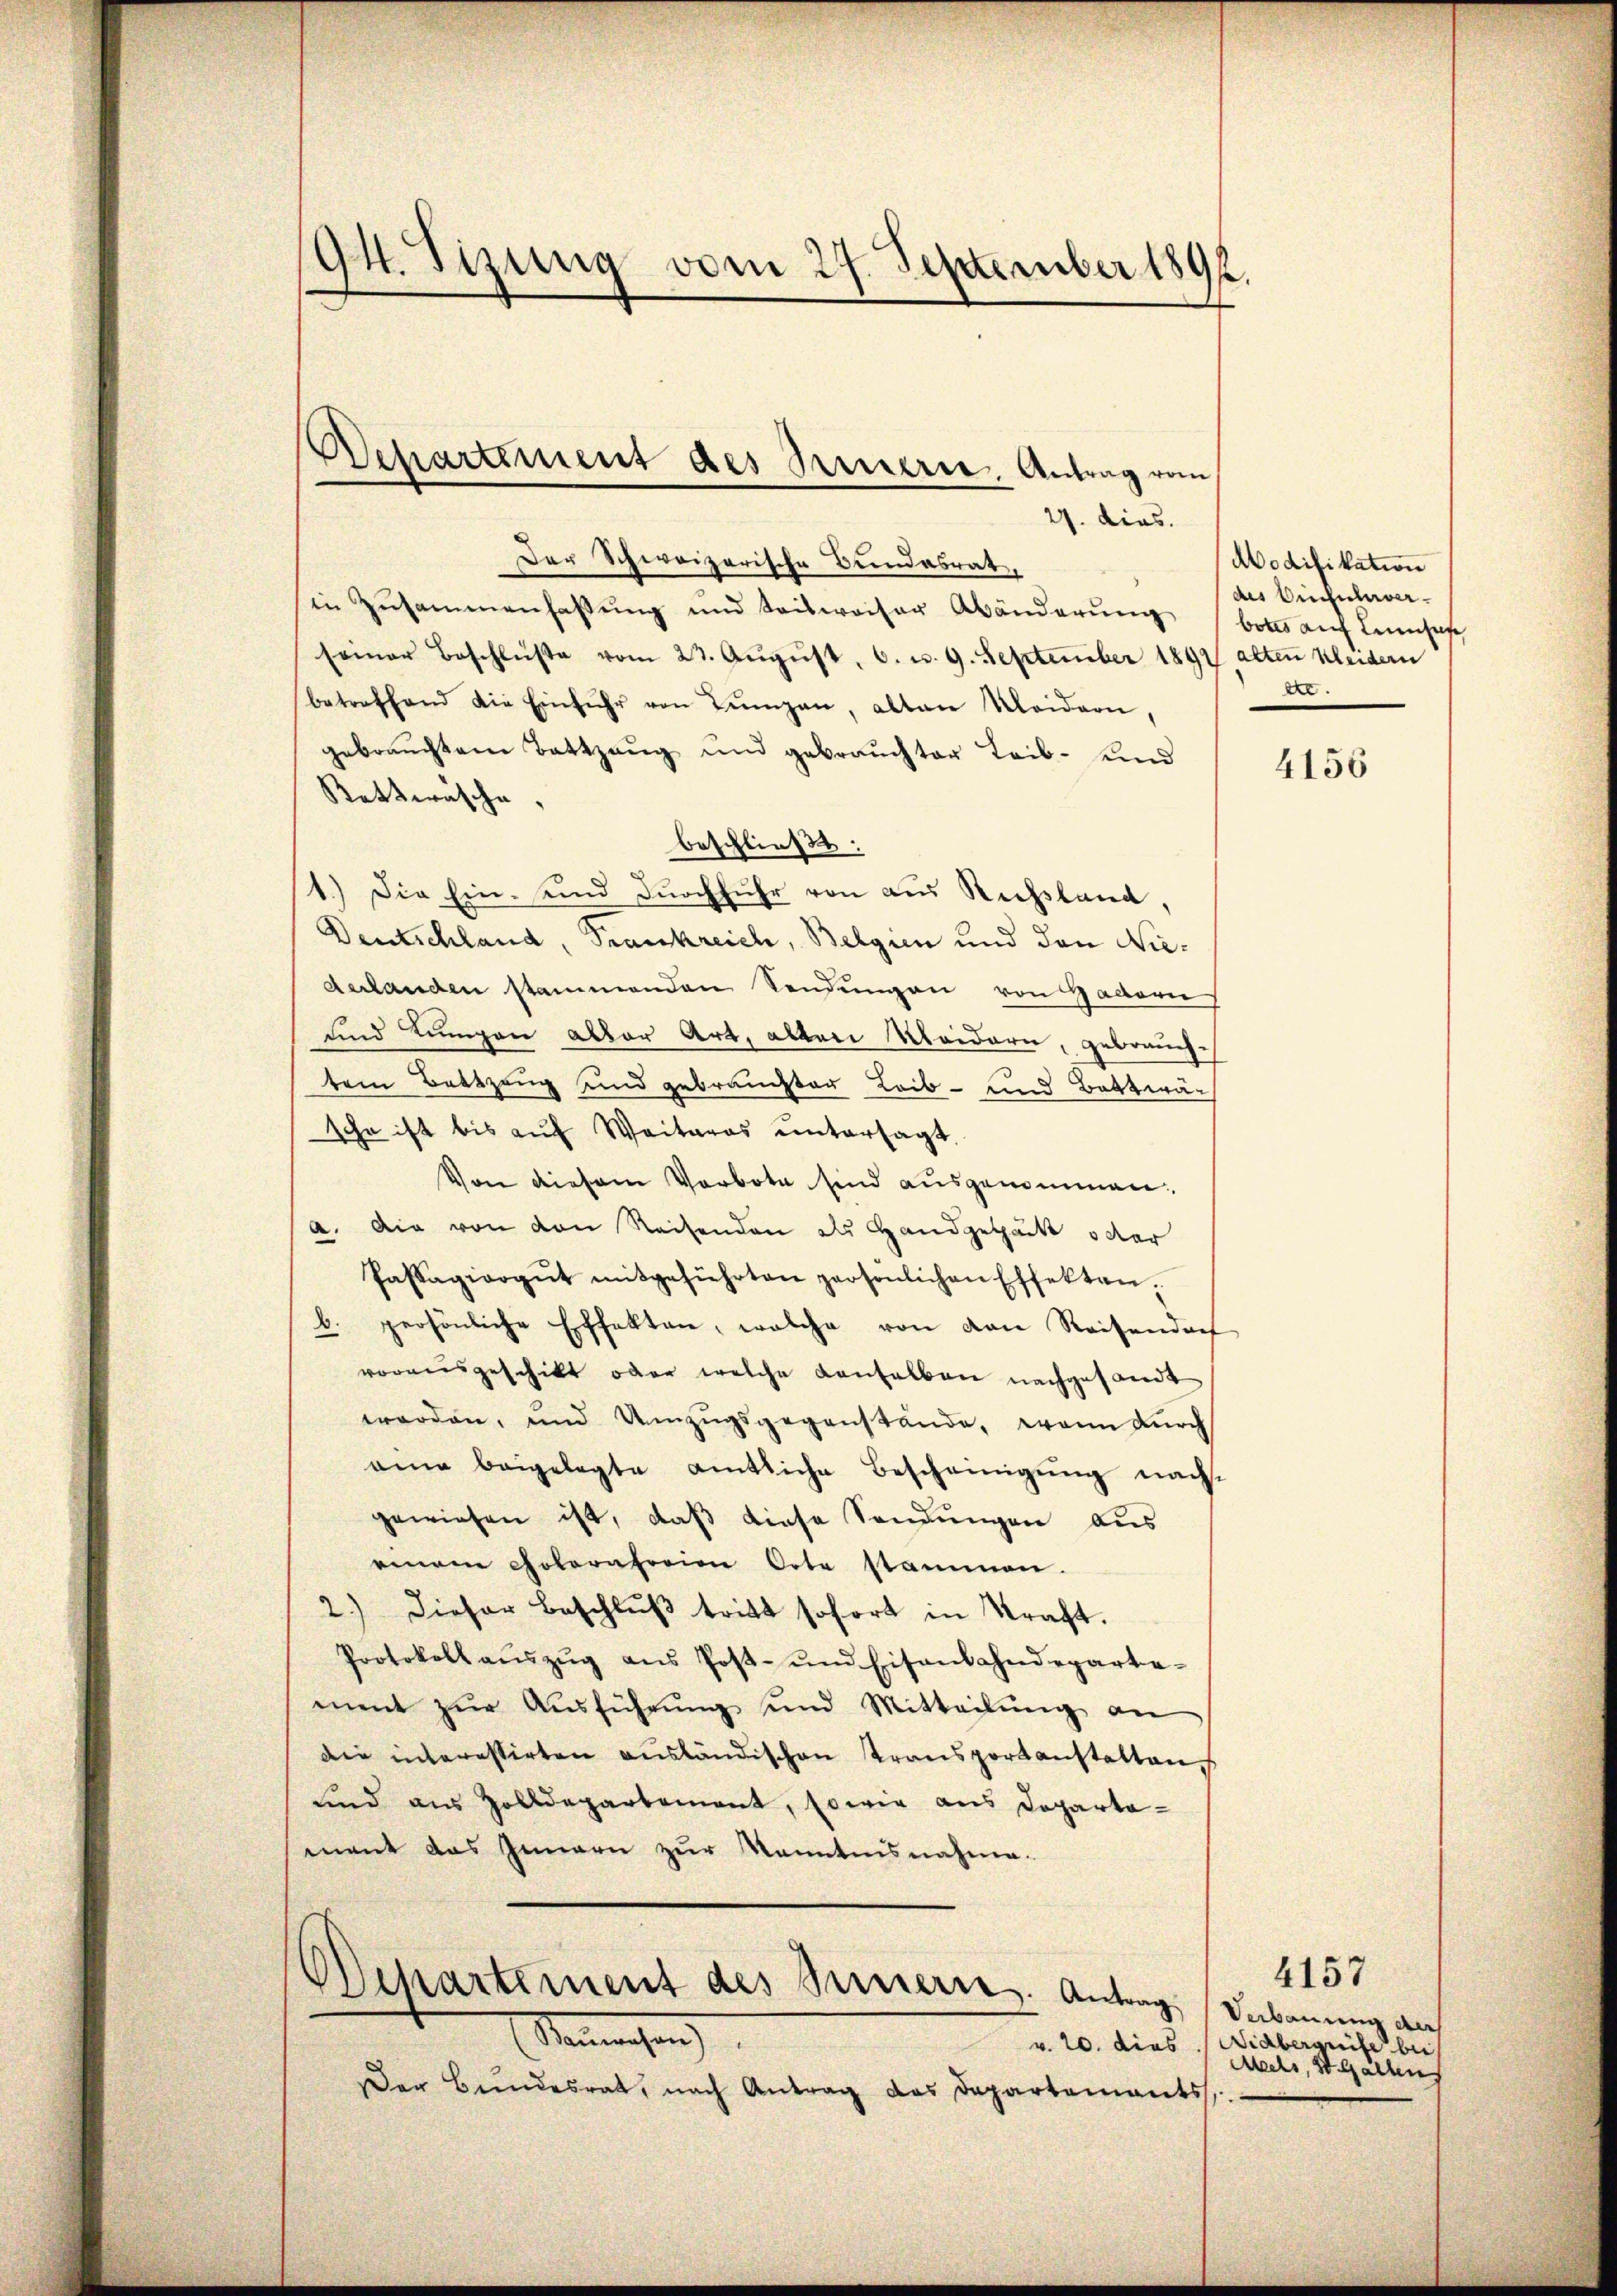
94. Sizung vom 27. September 1891.

27. dies.
Der Schweizerische Bundesrat,
in Zusammenfassŭng und Seisweiser Abänderŭng bottes auf Lensaf
seiner Beschlüße vom 23. Aŭgŭst 6. v. 9. September 1894 alten Kleidern
betreffend die Einführ von Lungen, alten Weidern,
gebrauchtem Battzeug und gebrauchter Leib- und
Rattwäsche,
beschließt:
1.) Die Ein- und dŭrchführ von aus Russland,
Deutschland, Frankreich, Belgien und den Niederlanden stammenden Sendungen von Haltern
und Lungen aller Art, alten Kleidern, gebrauchtem Bettzeug und gebrauchter Leib- und Bettwäsche ist bis auf Weiteras untersagt.
Von diesem Vorbote sind ausgenommen.
a. Die von den Reisenden du Handgebäckt oder
Passagiargŭt mitgeführten persönlichen Effekten.
b. persönliche Effekten, welche von von Reisendorf
vorausgeschikt oder welche denselben nachgesandt
worden, und Umzugsgegenstände, wenn durch
eine beigelegte amtliche Bescheinigung nachgewiesen ist, daß diese Sendungen aus
einem Coloratorien Orte stammen.
2.) Dieser Beschlŭβ tritt sofort in Straft.
Protokoll aŭszŭg aŭs Post- und Eisenbahndeparta-
ment zŭr Aŭsführŭng und Mitteilŭng an
die interestirten aŭsländischen Transportanstalten,
sind aus Zolldepartement, sowie aus Departa-
ment das Innern zur Kenntnisnahme.

Departement des Treuerre. Antrag vom

Departement des Serierte. Antrag Verbauung auf

Senmachen
Der Bundesrat, nach Antrag das Departements

Modifikation
des Bischulver¬
.

4156

4157
v. 20. dies (Widberguise bei
Mechs, St. Gallen